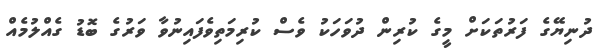
ދުނިޔޭގެ ފަރުތަކަށް މީގެ ކުރިން ދުވަހަކު ވެސް ކުރިމަތިވެފައިނުވާ ވަރުގެ ބޮޑު ގެއްލުމެއް